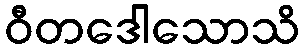
ဝီတဒေါသောသိ